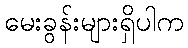
မေးခွန်းများရှိပါက